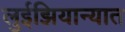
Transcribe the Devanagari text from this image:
लुईझियान्यात